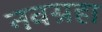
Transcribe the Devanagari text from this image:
नवग्रहा